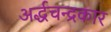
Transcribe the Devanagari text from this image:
अर्द्धचन्द्रकार